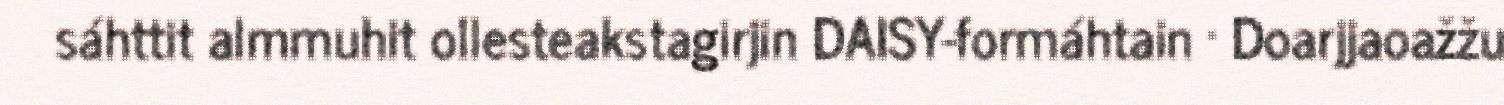
sáhttit almmuhit ollesteakstagirjin DAISY-formáhtain · Doarjjaoažžu